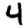
Digit: 4